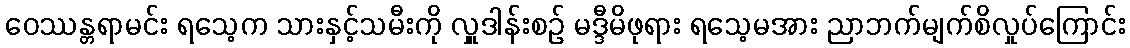
ဝေဿန္တရာမင်း ရသေ့က သားနှင့်သမီးကို လှူဒါန်းစဉ် မဒ္ဒီမိဖုရား ရသေ့မအား ညာဘက်မျက်စိလှုပ်ကြောင်း